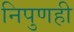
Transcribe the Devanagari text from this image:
निपुणही